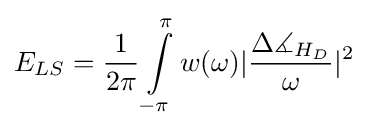
E_{LS}={1 \over {2\pi }}\int \limits _{-\pi }^{\pi }w(\omega )|{{\Delta \measuredangle _{H_{D}}} \over {\omega }}|^{2}